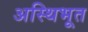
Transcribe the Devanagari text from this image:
अस्थिभूत